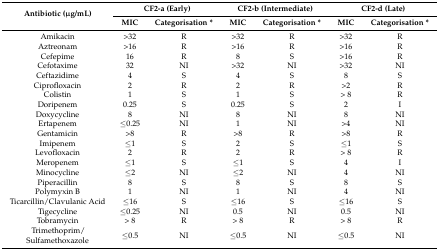
<table><thead><tr><td rowspan="2"><b>Antibiotic (μg/mL)</b></td><td colspan="2"><b>CF2-a (Early)</b></td><td colspan="2"><b>CF2-b (Intermediate)</b></td><td colspan="2"><b>CF2-d (Late)</b></td></tr><tr><td><b>MIC</b></td><td><b>Categorisation *</b></td><td><b>MIC</b></td><td><b>Categorisation *</b></td><td><b>MIC</b></td><td><b>Categorisation *</b></td></tr></thead><tbody><tr><td>Amikacin</td><td>&gt;32</td><td>R</td><td>&gt;32</td><td>R</td><td>&gt;32</td><td>R</td></tr><tr><td>Aztreonam</td><td>&gt;16</td><td>R</td><td>&gt;16</td><td>R</td><td>&gt;16</td><td>R</td></tr><tr><td>Cefepime</td><td>16</td><td>R</td><td>8</td><td>S</td><td>&gt;16</td><td>R</td></tr><tr><td>Cefotaxime</td><td>32</td><td>NI</td><td>&gt;32</td><td>NI</td><td>&gt;32</td><td>NI</td></tr><tr><td>Ceftazidime</td><td>4</td><td>S</td><td>4</td><td>S</td><td>8</td><td>S</td></tr><tr><td>Ciprofloxacin</td><td>2</td><td>R</td><td>2</td><td>R</td><td>&gt;2</td><td>R</td></tr><tr><td>Colistin</td><td>1</td><td>S</td><td>1</td><td>S</td><td>&gt; 8</td><td>R</td></tr><tr><td>Doripenem</td><td>0.25</td><td>S</td><td>0.25</td><td>S</td><td>2</td><td>I</td></tr><tr><td>Doxycycline</td><td>8</td><td>NI</td><td>8</td><td>NI</td><td>8</td><td>NI</td></tr><tr><td>Ertapenem</td><td>≤0.25</td><td>NI</td><td>1</td><td>NI</td><td>&gt;4</td><td>NI</td></tr><tr><td>Gentamicin</td><td>&gt;8</td><td>R</td><td>&gt;8</td><td>R</td><td>&gt;8</td><td>R</td></tr><tr><td>Imipenem</td><td>≤1</td><td>S</td><td>2</td><td>S</td><td>≤1</td><td>S</td></tr><tr><td>Levofloxacin</td><td>2</td><td>R</td><td>2</td><td>R</td><td>&gt; 8</td><td>R</td></tr><tr><td>Meropenem</td><td>≤1</td><td>S</td><td>≤1</td><td>S</td><td>4</td><td>I</td></tr><tr><td>Minocycline</td><td>≤2</td><td>NI</td><td>≤2</td><td>NI</td><td>4</td><td>NI</td></tr><tr><td>Piperacillin</td><td>8</td><td>S</td><td>8</td><td>S</td><td>8</td><td>S</td></tr><tr><td>Polymyxin B</td><td>1</td><td>NI</td><td>1</td><td>NI</td><td>4</td><td>NI</td></tr><tr><td>Ticarcillin/Clavulanic Acid</td><td>≤16</td><td>S</td><td>≤16</td><td>S</td><td>≤16</td><td>S</td></tr><tr><td>Tigecycline</td><td>≤0.25</td><td>NI</td><td>0.5</td><td>NI</td><td>0.5</td><td>NI</td></tr><tr><td>Tobramycin</td><td>&gt; 8</td><td>R</td><td>&gt; 8</td><td>R</td><td>&gt; 8</td><td>R</td></tr><tr><td>Trimethoprim/ Sulfamethoxazole</td><td>≤0.5</td><td>NI</td><td>≤0.5</td><td>NI</td><td>≤0.5</td><td>NI</td></tr></tbody></table>